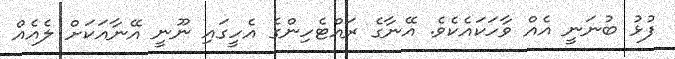
ފުޅު ބުނަނީ އެއް ވާހަކައެކެވެ. އޭނާގެ ރައްޓެހިންގެ އެހީގައި ނޫނީ އޭނާއަކަށް ލެއެއް